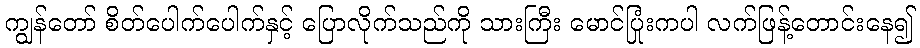
ကျွန်တော် စိတ်ပေါက်ပေါက်နှင့် ပြောလိုက်သည်ကို သားကြီး မောင်ပြုံးကပါ လက်ဖြန့်တောင်းနေ၍